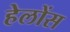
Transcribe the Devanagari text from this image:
हेलोंस